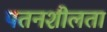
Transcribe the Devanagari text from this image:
पतनशीलता